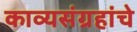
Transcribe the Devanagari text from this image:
काव्यसंग्रहांचे